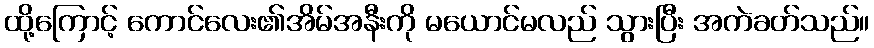
ထို့ကြောင့် ကောင်လေး၏အိမ်အနီးကို မယောင်မလည် သွားပြီး အကဲခတ်သည်။